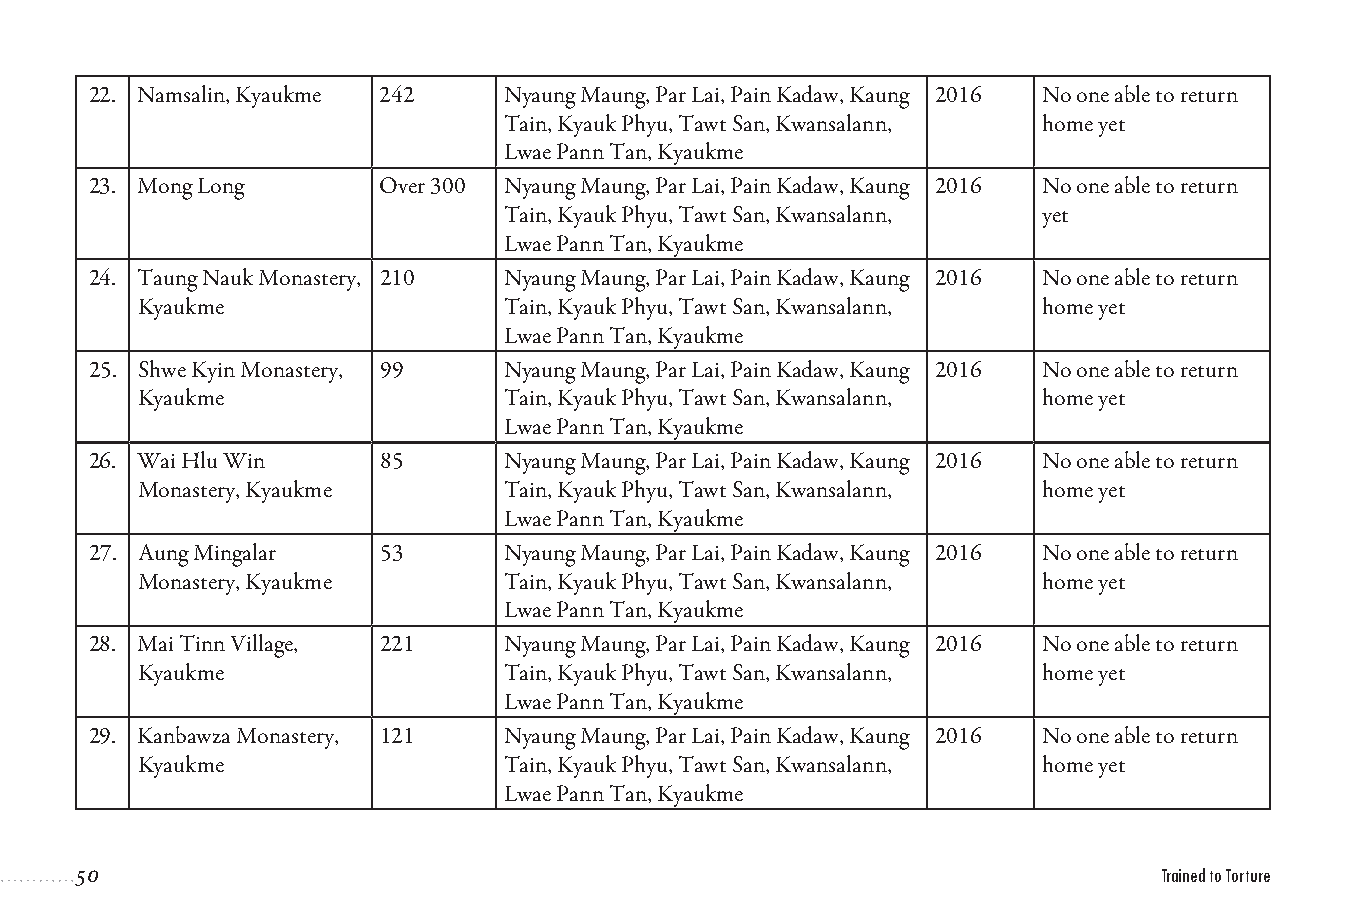
22. Namsalin, Kyaukme 242   Nyaung Maung, Par Lai, Pain Kadaw, Kaung 2016 No one able to return
 Tain, Kyauk Phyu, Tawt San, Kwansalann, home yet
 Lwae Pann Tan, Kyaukme
 23. Mong Long      Over 300 Nyaung Maung, Par Lai, Pain Kadaw, Kaung 2016 No one able to return
 Tain, Kyauk Phyu, Tawt San, Kwansalann, yet
 Lwae Pann Tan, Kyaukme
 24. Taung Nauk Monastery, 210 Nyaung Maung, Par Lai, Pain Kadaw, Kaung 2016 No one able to return
 Kyaukme                  Tain, Kyauk Phyu, Tawt San, Kwansalann, home yet
 Lwae Pann Tan, Kyaukme
 25. Shwe Kyin Monastery, 99 Nyaung Maung, Par Lai, Pain Kadaw, Kaung 2016 No one able to return
 Kyaukme                  Tain, Kyauk Phyu, Tawt San, Kwansalann, home yet
 Lwae Pann Tan, Kyaukme
 26. Wai Hlu Win    85       Nyaung Maung, Par Lai, Pain Kadaw, Kaung 2016 No one able to return
 Monastery, Kyaukme       Tain, Kyauk Phyu, Tawt San, Kwansalann, home yet
 Lwae Pann Tan, Kyaukme
 27. Aung Mingalar  53       Nyaung Maung, Par Lai, Pain Kadaw, Kaung 2016 No one able to return
 Monastery, Kyaukme       Tain, Kyauk Phyu, Tawt San, Kwansalann, home yet
 Lwae Pann Tan, Kyaukme
 28. Mai Tinn Village, 221   Nyaung Maung, Par Lai, Pain Kadaw, Kaung 2016 No one able to return
 Kyaukme                  Tain, Kyauk Phyu, Tawt San, Kwansalann, home yet
 Lwae Pann Tan, Kyaukme
 29. Kanbawza Monastery, 121 Nyaung Maung, Par Lai, Pain Kadaw, Kaung 2016 No one able to return
 Kyaukme                  Tain, Kyauk Phyu, Tawt San, Kwansalann, home yet
 Lwae Pann Tan, Kyaukme
 50                                                                      Trained to Torture